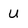
Character: U